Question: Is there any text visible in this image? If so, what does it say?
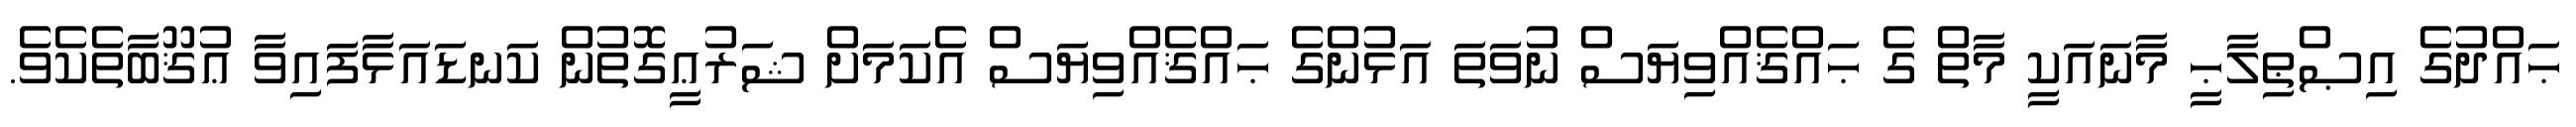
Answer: ޙައްދުގެ އިޞްޠިލާޙީ މާނައަކީ މާތް ގެ ޙައްޤެއްވިޔަސް ނުވަތަ އަޅުންގެ ޙައްޤެއްވިޔަސް އެކަމަށް ޝަރުޢީގޮތުން ކަނޑައަޅާފައިވާ ޢުޤޫބާތެކެވެ.